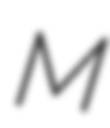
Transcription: M